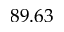
8 9 . 6 3